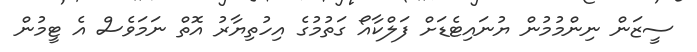
ސީޒަން ނިންމުމުން ޔުނައިޓެޑަށް ފަލްކާއޯ ގަތުމުގެ އިހުތިޔާރު އޮތް ނަމަވެސް އެ ޓީމުން